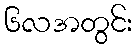
၆လအတွင်း